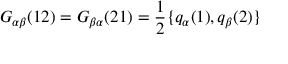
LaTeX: G _ { \alpha \beta } ( 1 2 ) = G _ { \beta \alpha } ( 2 1 ) = \frac { 1 } { 2 } \{ q _ { \alpha } ( 1 ) , q _ { \beta } ( 2 ) \}